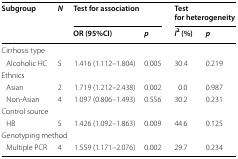
| <ROWSPAN=2> Subgroup | <ROWSPAN=2> N | <COLSPAN=2> Test for association | <COLSPAN=2> Test for heterogeneity |
 | OR (95%CI) | p | I2 (%) | p |
 | --- | --- | --- | --- | --- | --- |
 | <COLSPAN=6> Cirrhosis type |
 | Alcoholic HC | 5 | 1.416 (1.112–1.804) | 0.005 | 30.4 | 0.219 |
 | <COLSPAN=6> Ethnics |
 | Asian | 2 | 1.719 (1.212–2.438) | 0.002 | 0.0 | 0.987 |
 | Non-Asian | 4 | 1.097 (0.806–1.493) | 0.556 | 30.2 | 0.231 |
 | <COLSPAN=6> Control source |
 | HB | 5 | 1.426 (1.092–1.863) | 0.009 | 44.6 | 0.125 |
 | <COLSPAN=6> Genotyping method |
 | Multiple PCR | 4 | 1.559 (1.171–2.076) | 0.002 | 29.7 | 0.234 |